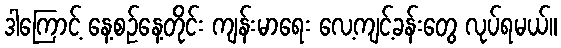
ဒါကြောင့် နေ့စဉ်နေ့တိုင်း ကျန်းမာရေး လေ့ကျင့်ခန်းတွေ လုပ်ရမယ်။